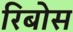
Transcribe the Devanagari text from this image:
रिबोस